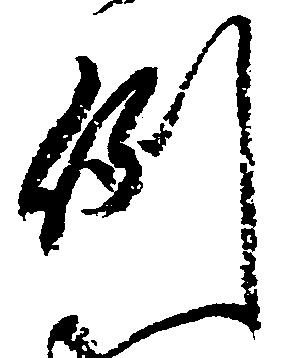
例